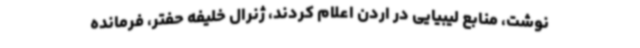
نوشت، منابع لیبیایی در اردن اعلام کردند، ژنرال خلیفه حفتر، فرمانده